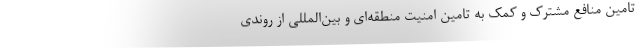
تامین منافع مشترک و کمک به تامین امنیت منطقه‌ای و بین‌المللی از روندی